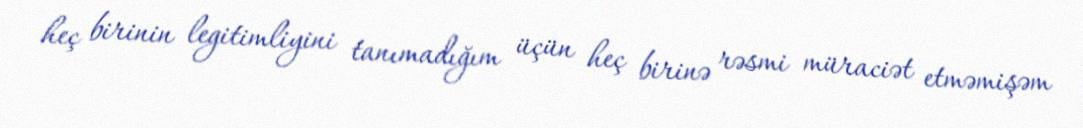
heç birinin legitimliyini tanımadığım üçün heç birinə rəsmi müraciət etməmişəm